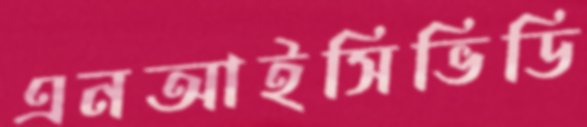
এনআইসিভিডি